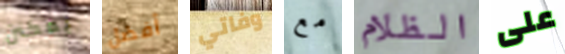
يمكنن أفضل وفاتي مع الظلام على